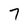
Character: 7